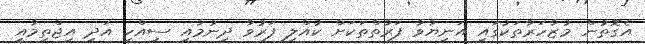
އެގޮތުން މުޒާހަރާތަކުގައި އަނިޔާވާ ފަރާތްތަކަށް ކުއްލި ފަރުވާ ދިނުމާއި ސިއްހީ އަދި އިޖްތިމާއީ